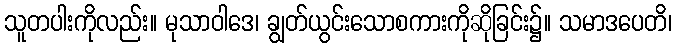
သူတပါးကိုလည်း။ မုသာဝါဒေ၊ ချွတ်ယွင်းသောစကားကိုဆိုခြင်း၌။ သမာဒပေတိ၊